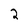
Character: 2